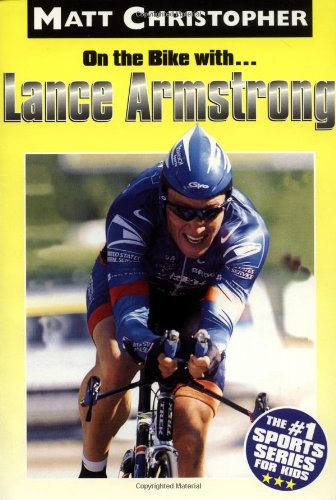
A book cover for On the Bike With ... Lance Armstrong; Matt Christopher; Children's Books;